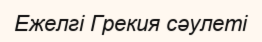
Ежелгі Грекия сәулеті